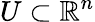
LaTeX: U\subset\mathbb{R}^{n}